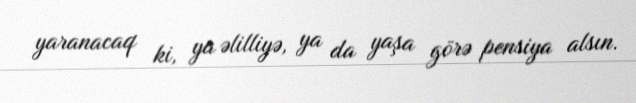
yaranacaq ki, ya əlilliyə, ya da yaşa görə pensiya alsın.